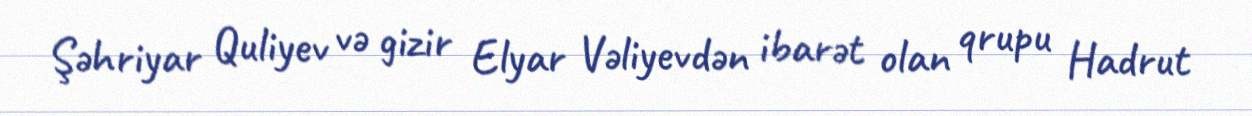
Şəhriyar Quliyev və gizir Elyar Vəliyevdən ibarət olan qrupu Hadrut